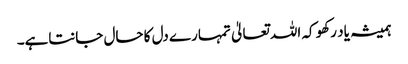
ہمیشہ یاد رکھو کہ اللہ تعالیٰ تمہارے دل کا حال جانتاہے۔